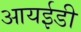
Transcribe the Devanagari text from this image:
आयईडी